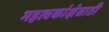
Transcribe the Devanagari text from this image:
महत्वकांक्षेसाठी